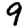
Digit: 9